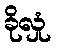
ခိုလှုံ